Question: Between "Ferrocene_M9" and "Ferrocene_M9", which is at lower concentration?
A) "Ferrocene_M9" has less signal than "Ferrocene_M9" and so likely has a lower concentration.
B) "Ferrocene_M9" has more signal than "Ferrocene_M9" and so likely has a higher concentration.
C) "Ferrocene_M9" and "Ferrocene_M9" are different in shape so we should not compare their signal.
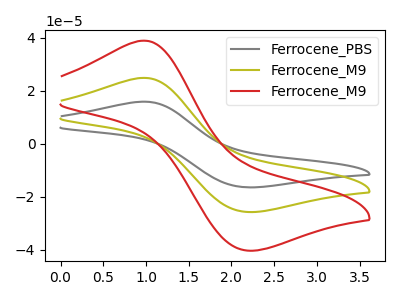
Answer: <think>The gray curve "Ferrocene_PBS" has an anodic peak at (1.00V, 49.70uA) and a cathodic peak at (2.20V, -51.55uA). The olive curve "Ferrocene_M9" has an anodic peak at (1.00V, 24.85uA) and a cathodic peak at (2.20V, -25.80uA). The red curve "Ferrocene_M9" has an anodic peak at (1.00V, 38.90uA) and a cathodic peak at (2.20V, -40.35uA).
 All the peaks in "Ferrocene_M9" have a peak in "Ferrocene_M9" at the same potential. Every peak in "Ferrocene_M9" is higher than every peak in "Ferrocene_M9".</think>
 <answer>B) "Ferrocene_M9" has more signal than "Ferrocene_M9" and so likely has a higher concentration.</answer>
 <eval>B</eval>